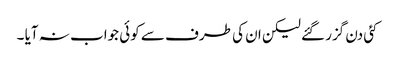
کئی دن گزر گئے لیکن ان کی طرف سے کوئی جواب نہ آیا ۔